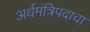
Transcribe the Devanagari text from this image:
अर्थमंत्रिपदाचा